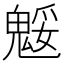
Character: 𩳕